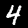
Digit: 4